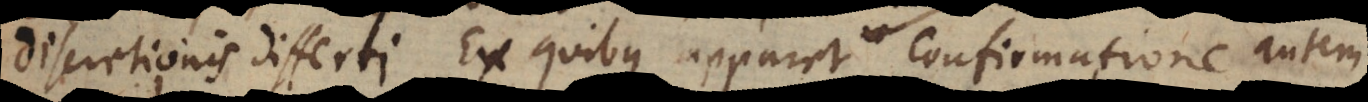
discretionis differri. Ex quibus apparet baptismi quidem,